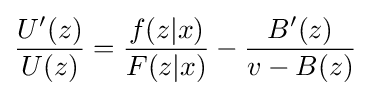
{\frac {{{U}^{\prime }}(z)}{U(z)}}={\frac {f(z|x)}{F(z|x)}}-{\frac {{B}'(z)}{v-B(z)}}